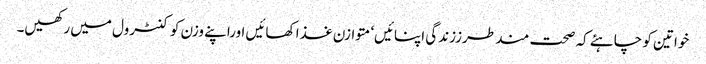
خواتین کو چاہئے کہ صحت مند طرززندگی اپنائیں‘ متوازن غذا کھائیں اوراپنے وزن کو کنٹرول میں رکھیں۔